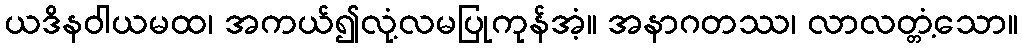
ယဒိနဝါယမထ၊ အကယ်၍လုံ့လမပြုကုန်အံ့။ အနာဂတဿ၊ လာလတ္တံ့သော။